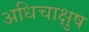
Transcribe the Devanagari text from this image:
अधिचाक्षुष